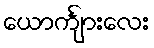
ယောင်္ကျားလေး